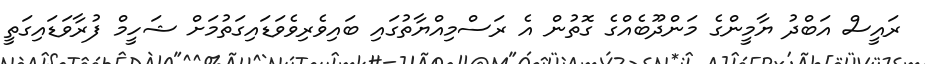
ރައީސް އަބްދު ޔާމީންގެ މަންދޫބެއްގެ ގޮތުން އެ ރަސްމިއްޔާތުގައި ބައިވެރިވެވަޑައިގަތުމަށް ޝަހީމް ފުރާވަޑައިގަތީ